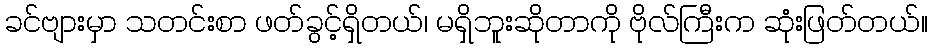
ခင်ဗျားမှာ သတင်းစာ ဖတ်ခွင့်ရှိတယ်၊ မရှိဘူးဆိုတာကို ဗိုလ်ကြီးက ဆုံးဖြတ်တယ်။